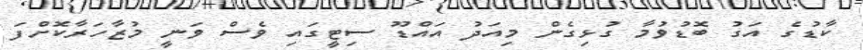
ކާޑުގެ އަގު ބޮޑުވުމާ ގުޅިގެން މިއަދު އައްޑޫ ސިޓީގައި ވެސް ވަނީ މުޒާހަރާކޮށްފަ